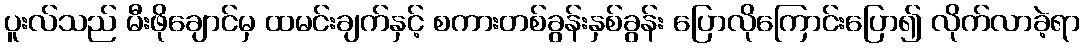
ပူးလ်သည် မီးဖိုချောင်မှ ထမင်းချက်နှင့် စကားတစ်ခွန်းနှစ်ခွန်း ပြောလိုကြောင်းပြော၍ လိုက်လာခဲ့ရာ